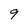
Character: 9